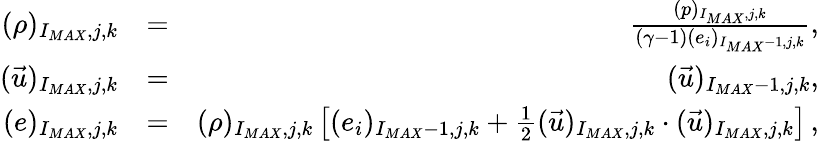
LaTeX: \begin{array}{rlr}{{(\rho)_{I_{MAX},j,k}}}&{{=}}&{{\frac{(p)_{I_{MAX},j,k}}{(\gamma-1)(e_{i})_{I_{MAX}-1,j,k}}\mathrm{,}}}\\ {{(\vec{u})_{I_{MAX},j,k}}}&{{=}}&{{(\vec{u})_{I_{MAX}-1,j,k}\mathrm{,}}}\\ {{(e)_{I_{MAX},j,k}}}&{{=}}&{{(\rho)_{I_{MAX},j,k}\left[(e_{i})_{I_{MAX}-1,j,k}+\frac{1}{2}(\vec{u})_{I_{MAX},j,k}\cdot(\vec{u})_{I_{MAX},j,k}\right]\, \mathrm{,}}}\end{array}